Lunatic asylums Burma 1907-21 - 1907-1921
Year: 1907
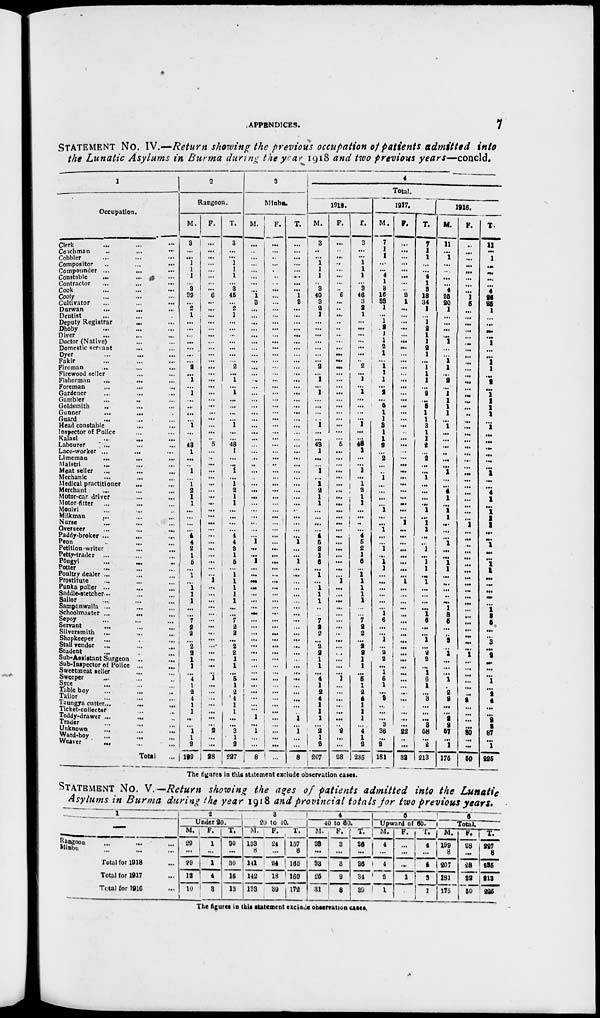
APPENDICES.
7
STATEMENT No. IV.—Return showing the previous occupation of patients admitted
into
the Lunatic Asylums in Burma during the year 1918 and two previous
years—concld.
1
Occupation.
Clerk ... ... ...
Coachman ... ... ...
Cobbler ... ... ...
Compositor
...
...
...
Compounder ...
...
...
Constable
...
...
...
Contractor ... ... ...
Cook ... ... ...
Cooly ... ... ...
Cultivator ... ... ...
Durwan
...
... ...
Dentist ... ... ...
Deputy Registrar
... ...
Dhoby ... ... ...
Diver ... ... ...
Doctor (Native) ... ...
Domestic servant
... ...
Dyer ... ... ...
Fakir ... ... ...
Fireman ... ... ...
Firewood seller ... ...
Fisherman ... ... ...
Foreman ... ... ...
Gardener ... ... ...
Gambler ... ... ...
Goldsmith
... ... ...
Gunner
...
... ...
Guard
... ... ...
Head constable ... ...
Inspector of Police ... ...
Kalasi
...
... ...
Labourer
... ... ...
Lace-worker ... ... ...
Limeman
...
...
...
Maistri ... ... ...
Meat seller ... ... ...
Mechanic ... ... ...
Medical practitioner
... ...
Merchant ... ... ...
Motor-car driver ... ...
Motor-fitter
... ... ...
Moulvi ... ... ...
Milkman ... ... ...
Nurse ... ... ...
Overseer
...
...
...
Paddy-broker ... ... ...
Peon ... ... ...
Petition-writer ... ...
Petty-trader ... ... ...
Pôngyi
...
...
...
Potter ... ... ...
Poultry dealer ... ... ...
Prostitute ... ... ...
Punka puller ...
...
...
Saddle-stetcher ... ... ...
Sailor ... ... ...
Sampanwalla ...
...
...
Schoolmaster ...
...
...
Sepoy ... ... ...
Servant ... ... ...
Silversmith ...
...
...
Shopkeeper ... ... ...
Stall vendor ... ... ...
Student
...
...
...
Sub-Assistant Surgeon ...
...
Sub-Inspector of Police ... ...
Sweetmeat seller
...
...
Sweeper ... ... ...
Syce
...
...
...
Table boy ... ... ...
Tailor
...
...
...
Taungya cutter...
...
...
Ticket-collector ... ...
Toddy-drawer ... ... ...
Trader ... ... ...
Unknown ... ... ...
Ward-boy
... ... ...
Weaver
... ... ...
Total ...
2
Rangoon.
M.
3
...
...
1
1
1
...
3
39
...
2
1
...
...
...
...
...
...
...
2
...
1
...
1
...
...
...
...
1
...
...
43
1
...
...
1
...
1
2
1
1
...
...
...
...
4
4
2
1
5
...
1
...
1
1
1
...
...
7
2
2
...
2
2
1
1
...
4 1
2
4
1
1
...
...
1
1
2
199
F.
...
...
...
...
...
...
...
...
6
...
...
...
...
...
...
...
...
...
...
...
...
...
...
...
...
...
...
...
...
...
...
5
...
...
...
...
...
...
...
...
...
...
...
...
...
...
...
...
...
...
...
...
1
...
...
...
...
...
...
...
...
...
... ...
...
...
...
1
...
...
...
...
...
...
...
2
...
...
28
T.
3
...
...
1
1
1
...
3
45
...
2
1
...
...
...
...
...
...
...
2
...
1
...
1
...
...
...
...
1
...
...
48
1
...
...
1
...
1
2
1
1
...
...
...
...
4
4
2 1
5
...
1
1
1
1
1
...
...
7
2
2
...
2
2
1
1
...
5 1
2
4
1
1
...
...
3
1
2
227
3
Minbu.
M.
...
...
...
...
...
...
...
...
1
3
...
...
...
...
...
...
...
...
...
...
...
...
...
...
...
...
...
...
...
...
...
...
...
...
...
...
...
...
...
...
...
...
...
...
...
...
1
...
...
1
...
...
...
...
...
...
...
...
...
...
...
...
... ...
...
...
...
...
...
...
...
...
...
1
...
1
...
...
8
F.
...
...
..
...
...
...
...
...
...
...
...
...
...
...
...
...
...
...
...
...
...
...
...
...
...
...
...
...
...
...
...
...
...
...
...
...
...
...
...
...
...
...
...
...
...
...
...
...
...
...
...
...
...
...
...
...
...
...
...
...
...
...
...
...
...
...
...
...
...
...
...
...
...
...
...
...
...
...
...
T.
...
...
...
...
...
...
...
...
1
3
...
...
...
...
...
...
...
...
...
...
...
...
...
...
...
...
...
...
...
...
...
...
...
...
...
...
...
...
...
...
...
...
...
...
...
...
1
...
...
1
...
...
...
...
...
...
...
...
...
...
...
...
...
...
...
...
...
...
...
...
...
...
...
1
...
1 ...
...
8
4
Total.
1918.
M.
3
...
...
1
1
1
...
3
40
3
2
1
...
...
...
...
...
...
...
2
...
1
...
1
...
...
...
...
1
...
...
43
1
...
...
1
...
1 2
1
1
...
...
...
...
4
5
2
1
6
...
1
...
1
1 1
...
...
7
2
2
... ...
2
1
1
...
4 1
2
4
1
1
1
...
2
1
2
207
F.
...
...
...
...
...
...
...
...
6
...
...
...
...
...
...
...
...
...
...
...
...
...
...
...
...
...
...
...
...
...
...
5
...
...
...
...
...
...
...
...
...
...
...
...
...
...
...
...
...
...
...
...
1 ...
...
...
...
...
...
...
...
...
...
...
...
...
...
1
...
...
...
...
...
...
...
2
...
...
28
T.
3
...
...
1
1
1
...
3
46
3
2
1
...
...
...
...
...
...
...
2
...
1
...
1
...
...
...
...
1
...
...
48
1
...
...
1
...
1
2
1
1
...
...
...
...
4
5
2
1
6
...
1
1
1
1
1
....
...
7
2
2
... ...
2
1
1
...
5 1
2
4
1
1
1
...
4
1
2
235
1917.
M.
7
1
1
...
...
4
1
3
16
33
1
...
1
2
1
1
2
1
...
1
1
1
...
2
...
5
1
1
3
1
1
2
...
2
...
...
1
...
...
...
...
1
...
...
1
...
...
1
...
1
1
...
...
...
...
...
...
1
6
...
...
1
...
2 2
...
1
6
1
...
3
...
...
...
3
36
...
2
181
F.
...
...
...
...
...
...
...
...
2
1
...
...
...
...
...
...
...
...
...
...
...
...
...
...
...
...
...
...
...
...
...
...
...
...
...
...
...
...
...
...
...
...
...
1
...
...
...
...
...
...
...
...
1 ...
...
...
...
...
...
...
...
...
...
...
...
...
...
...
...
...
...
...
...
...
...
22
...
...
32
T.
7
1
1
...
...
4
1
3
18
34
1
...
1
2
1
1
2
1
...
1
1
1
...
2
...
5
1
1
3
1
1
2
...
2
...
...
1
...
...
...
...
1
...
1
1
...
...
1
...
1
1
...
1
...
...
...
...
1 6
...
...
1
...
2
2
...
1
6
1
...
3
...
...
...
3
58
...
2
213
1916.
M.
11
...
1
...
...
...
...
4
25
20
1
...
...
...
...
1
...
...
1
1
...
2
...
1
1
1
1
...
1
...
...
...
...
...
...
1
...
...
4 1
...
1 1
...
...
...
1
...
...
1 1
...
...
...
...
...
1
3
5
...
...
3
...
1
...
...
...
1
...
2
2
...
...
2
2
57
...
1
175
F.
...
...
...
...
...
...
...
...
1
5
...
...
...
...
...
...
...
...
...
...
...
...
...
...
...
...
...
...
...
...
...
...
...
...
...
...
...
...
...
...
...
...
...
1
...
...
...
...
...
...
...
...
...
...
...
...
...
...
...
...
...
...
...
1
...
...
...
...
...
...
2
...
...
...
...
30
...
...
50
T.
11
...
1
...
...
...
...
4
26
25
1
...
...
...
...
1
...
...
1
1
...
2
...
1 1
1
1
...
1
...
...
...
...
...
...
1
...
...
4
1
...
1
1
1
...
...
1
...
...
1
1
...
...
...
...
...
1
3
5
...
...
3
...
2
...
...
...
1 ...
2
4
...
...
2
2
87
...
1
225
The figures in this statement exclude observation cases.
STATEMENT No. V.—Return showing the ages of patients admitted
into the
Lunatic
Asylums in Burma during the year 1918 and provincial totals for two previous
years.
1
—
Rangoon ... ... ...
Minbu
...
...
...
Total for 1918 ...
Total for 1917 ...
Total lor 1916 ...
2
Under 20.
M.
29
...
29
12
10
F.
1
...
1
4
3
T.
30
...
30
16
13
3
20 to 40.
M.
133
8
141
142
133
F.
24
...
24
18
39
T.
157
8
165
160
172
4
40 to 60.
M.
33
...
33
25
31
F.
3
...
3
9
8
T.
36
...
36
34
39
5
Upward of 60.
M.
4
...
4
2
1
F.
...
...
...
1
...
T.
4
...
4
3
1
6
Total.
M.
199
8
207
181
175
F.
28
...
28
32
50
T.
227
8
235
213
225
The figures in this statement exclude observation cases.